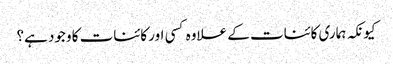
کیونکہ ہماری کائنات کے علاوہ کسی اور کائنات کا وجود ہے؟